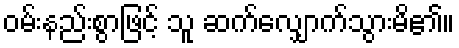
ဝမ်းနည်းစွာဖြင့် သူ ဆက်လျှောက်သွားမိ၏။